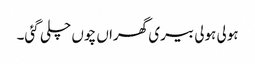
ہولی ہولی بیری گھراں چوں چلی گئی۔